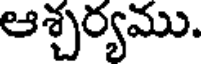
ఆశ్చర్యము.